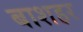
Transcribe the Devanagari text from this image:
बाशहर